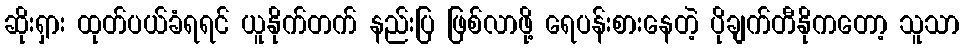
ဆိုးရှား ထုတ်ပယ်ခံရရင် ယူနိုက်တက် နည်းပြ ဖြစ်လာဖို့ ရေပန်းစားနေတဲ့ ပိုချက်တီနိုကတော့ သူသာ